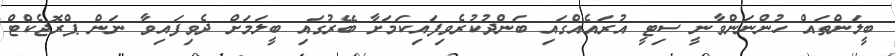
ބީލަންތައް ހުންނަންވާނީ ސިޓީ އުރައެއްގައި ބަންދުކުރެވިފައިކަމަށާ ބޭރުގައި ބީލަމަށް ދެވިފައިވާ ނަން ޕްރޮޖެކްޓް